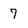
Character: 7